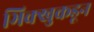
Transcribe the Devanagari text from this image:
भिक्खुकडून